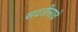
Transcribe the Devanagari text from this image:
सदतीसावे